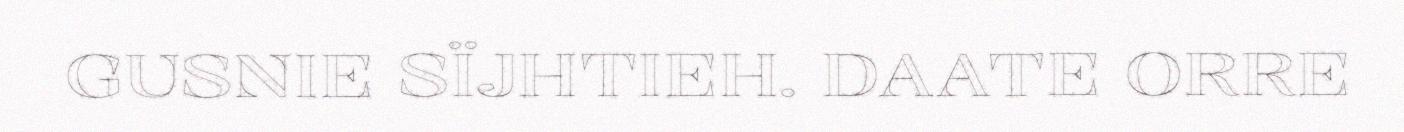
GUSNIE SÏJHTIEH. DAATE ORRE